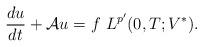
LaTeX: \begin{align*} \frac{du}{dt}+\mathcal{A}u=f \ L^{p'}(0,T;V^\ast). \end{align*}